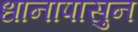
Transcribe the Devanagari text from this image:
धानापासुन